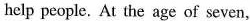
help people. At the age of seven,